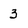
Character: 3